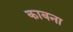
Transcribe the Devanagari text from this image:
काबना